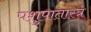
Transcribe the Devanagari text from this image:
पशुपातास्त्र